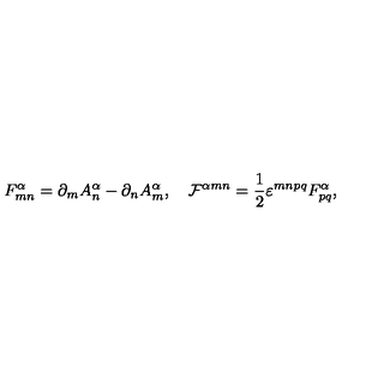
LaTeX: F _ { m n } ^ { \alpha } = \partial _ { m } A _ { n } ^ { \alpha } - \partial _ { n } A _ { m } ^ { \alpha } , \quad { \cal F } ^ { \alpha m n } = \frac { 1 } { 2 } \varepsilon ^ { m n p q } F _ { p q } ^ { \alpha } ,